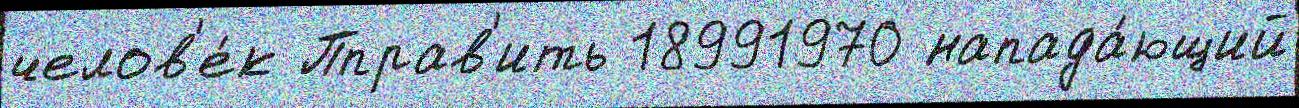
челов'е́к Пправ'ить 18991970 напада́ющий